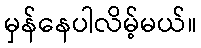
မှန်နေပါလိမ့်မယ်။